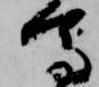
馬